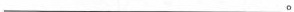
___。